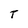
Character: T